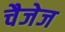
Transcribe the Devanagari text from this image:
चैजेज